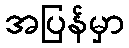
အပြန်မှာ